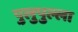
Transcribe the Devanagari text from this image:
पुलुपुल्ला